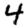
Digit: 4